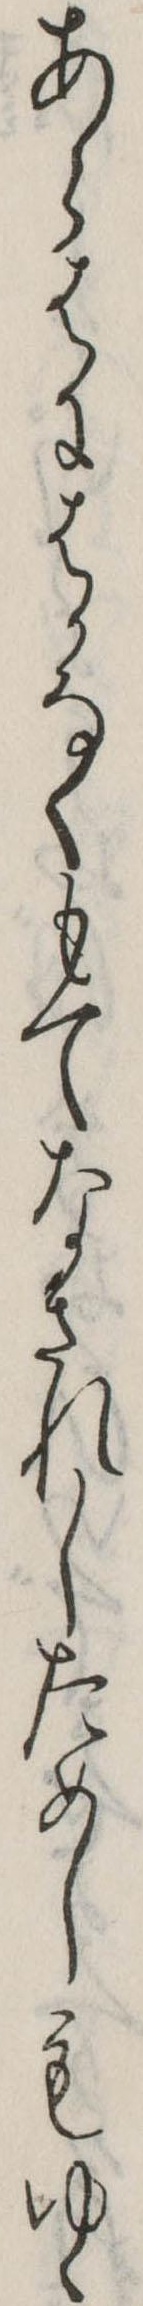
あらはにはかなくもてなされしためしもゆゝ